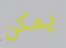
يمكن